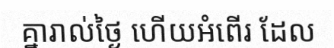
គ្នារាល់ថ្ងៃ ហើយអំពើរ ដែល